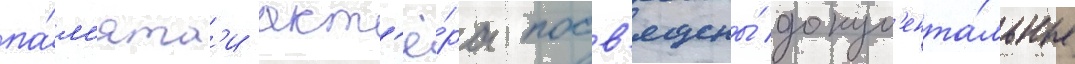
па́м'ят'и акт'ё́ра посв'ящены́ докум'ента́льные